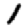
Digit: 1